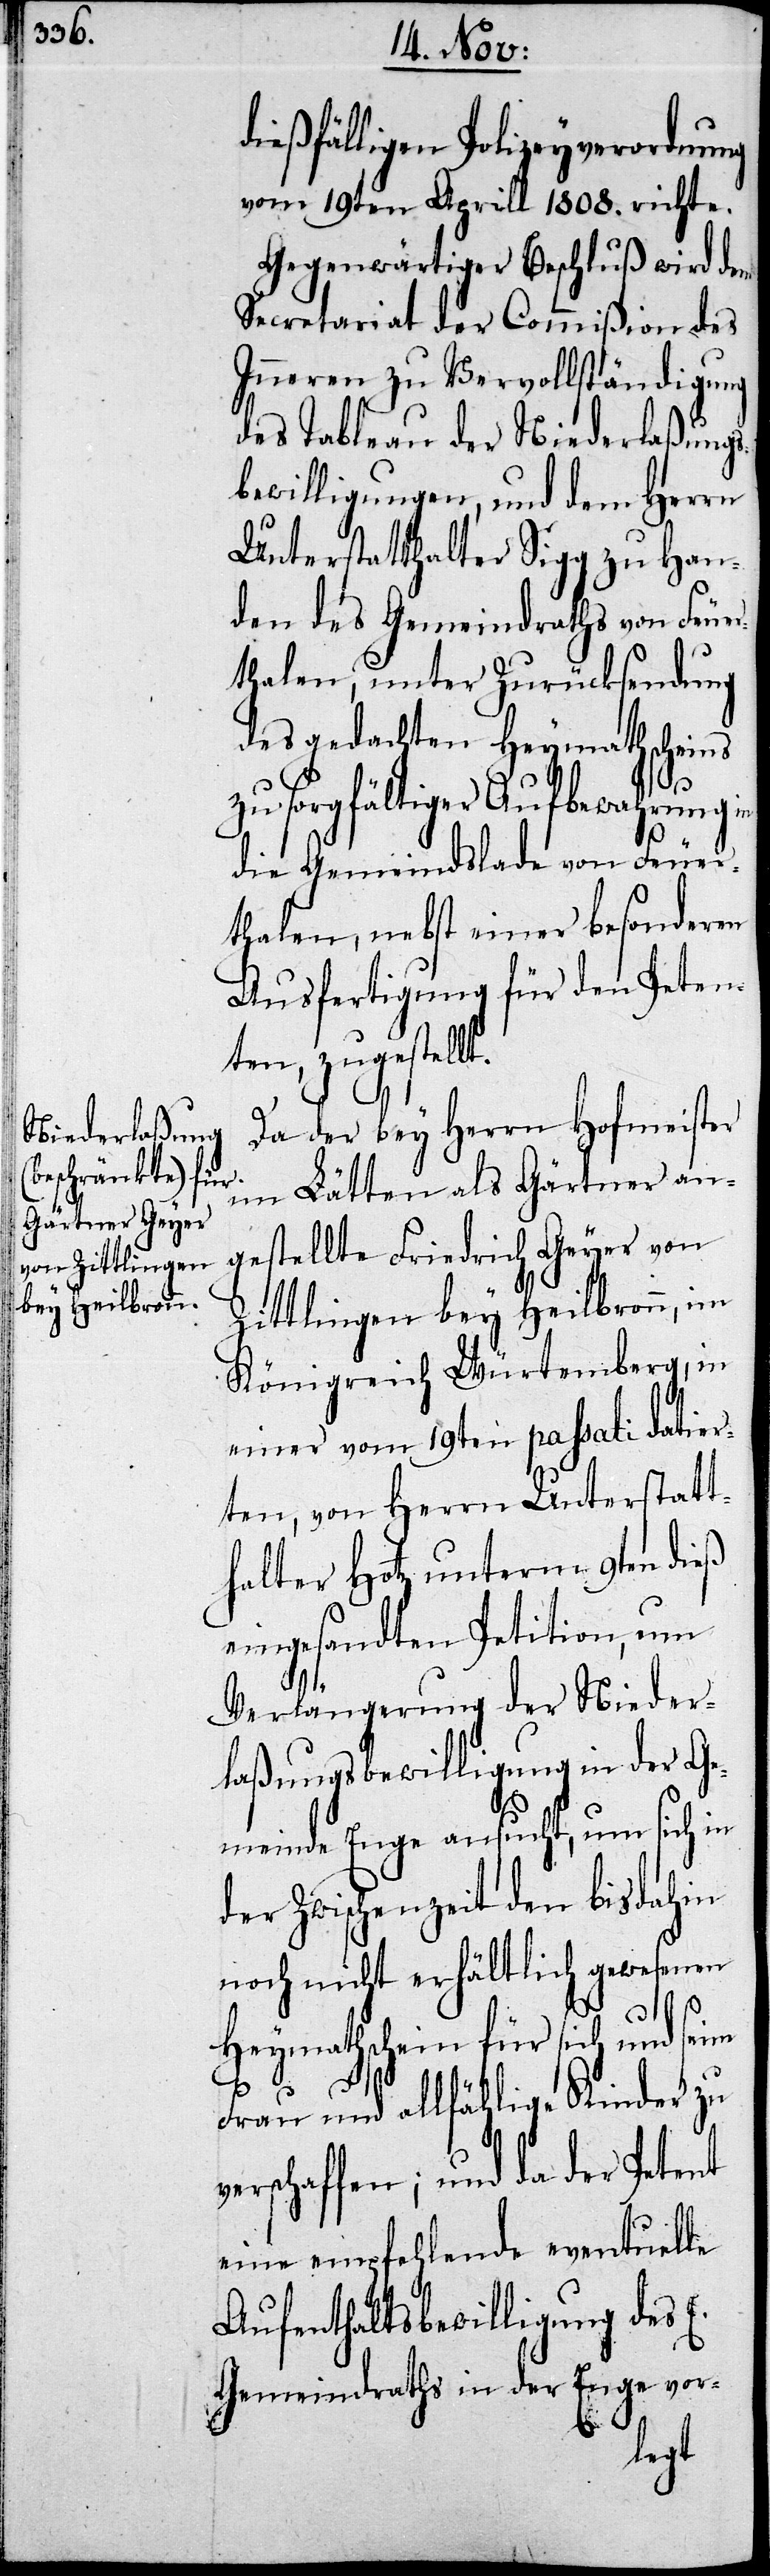
dießfälligen Polizeyverordnung
vom 19ten Aprill 1808. richte.
Gegenwärtiger Beschluß wird dem
Secretariat der Commißion des
Inneren zu Vervollständigung
des Tableau der Niederlaßungs¬
bewilligungen, und dem Herrn
Unterstatthalter Sigg zu Han¬
den des Gemeinderaths von Feuer¬
thalen, unter Zurücksendung
des gedachten Heymathscheins
zu sorgfältiger Aufbewahrung in
die Gemeindslade von Feuer¬
thalen, nebst einer besonderen
Ausfertigung für den Peten¬
ten, zugestel¬
Da der bey Herrn Hofmeister
im Lätten als Gärtner an¬
gestellte Friedrich Geyer von
Zittlingen bey Heilbronn, im
Königreich Würtemberg, in
einer vom 19ten passati datier¬
ten, von Herrn Unterstatt¬
halter Hotz unterm 9ten dieß
eingesandten Petition, um
Verlängerung der Nieder¬
laßungsbewilligung in der Ge¬
meinde Enge ansucht, um sich in
der Zwischenzeit den bis dahin
noch nicht erhältlich gewesenen
Heymathschein für sich und
Frau und allfählige Kinder zu
verschaffen; und da der Petent
eine empfehlende eventuelle
Aufenthaltsbewilligung des
Gemeinderaths in der Enge vor-
lt.